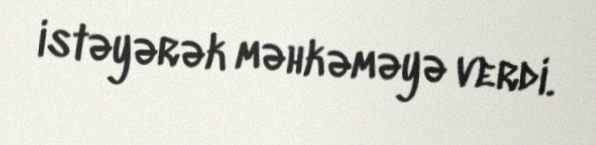
istəyərək məhkəməyə verdi.